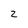
Character: 2